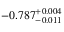
- 0 . 7 8 7 _ { - 0 . 0 1 1 } ^ { + 0 . 0 0 4 }